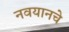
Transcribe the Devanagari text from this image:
नवयानचे